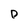
Character: p